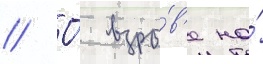
// О́ взры́в'е на́